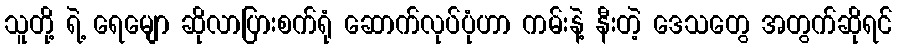
သူတို့ ရဲ့ ရေမျော ဆိုလာပြားစက်ရုံ ဆောက်လုပ်ပုံဟာ ကမ်းနဲ့ နီးတဲ့ ဒေသတွေ အတွက်ဆိုရင်